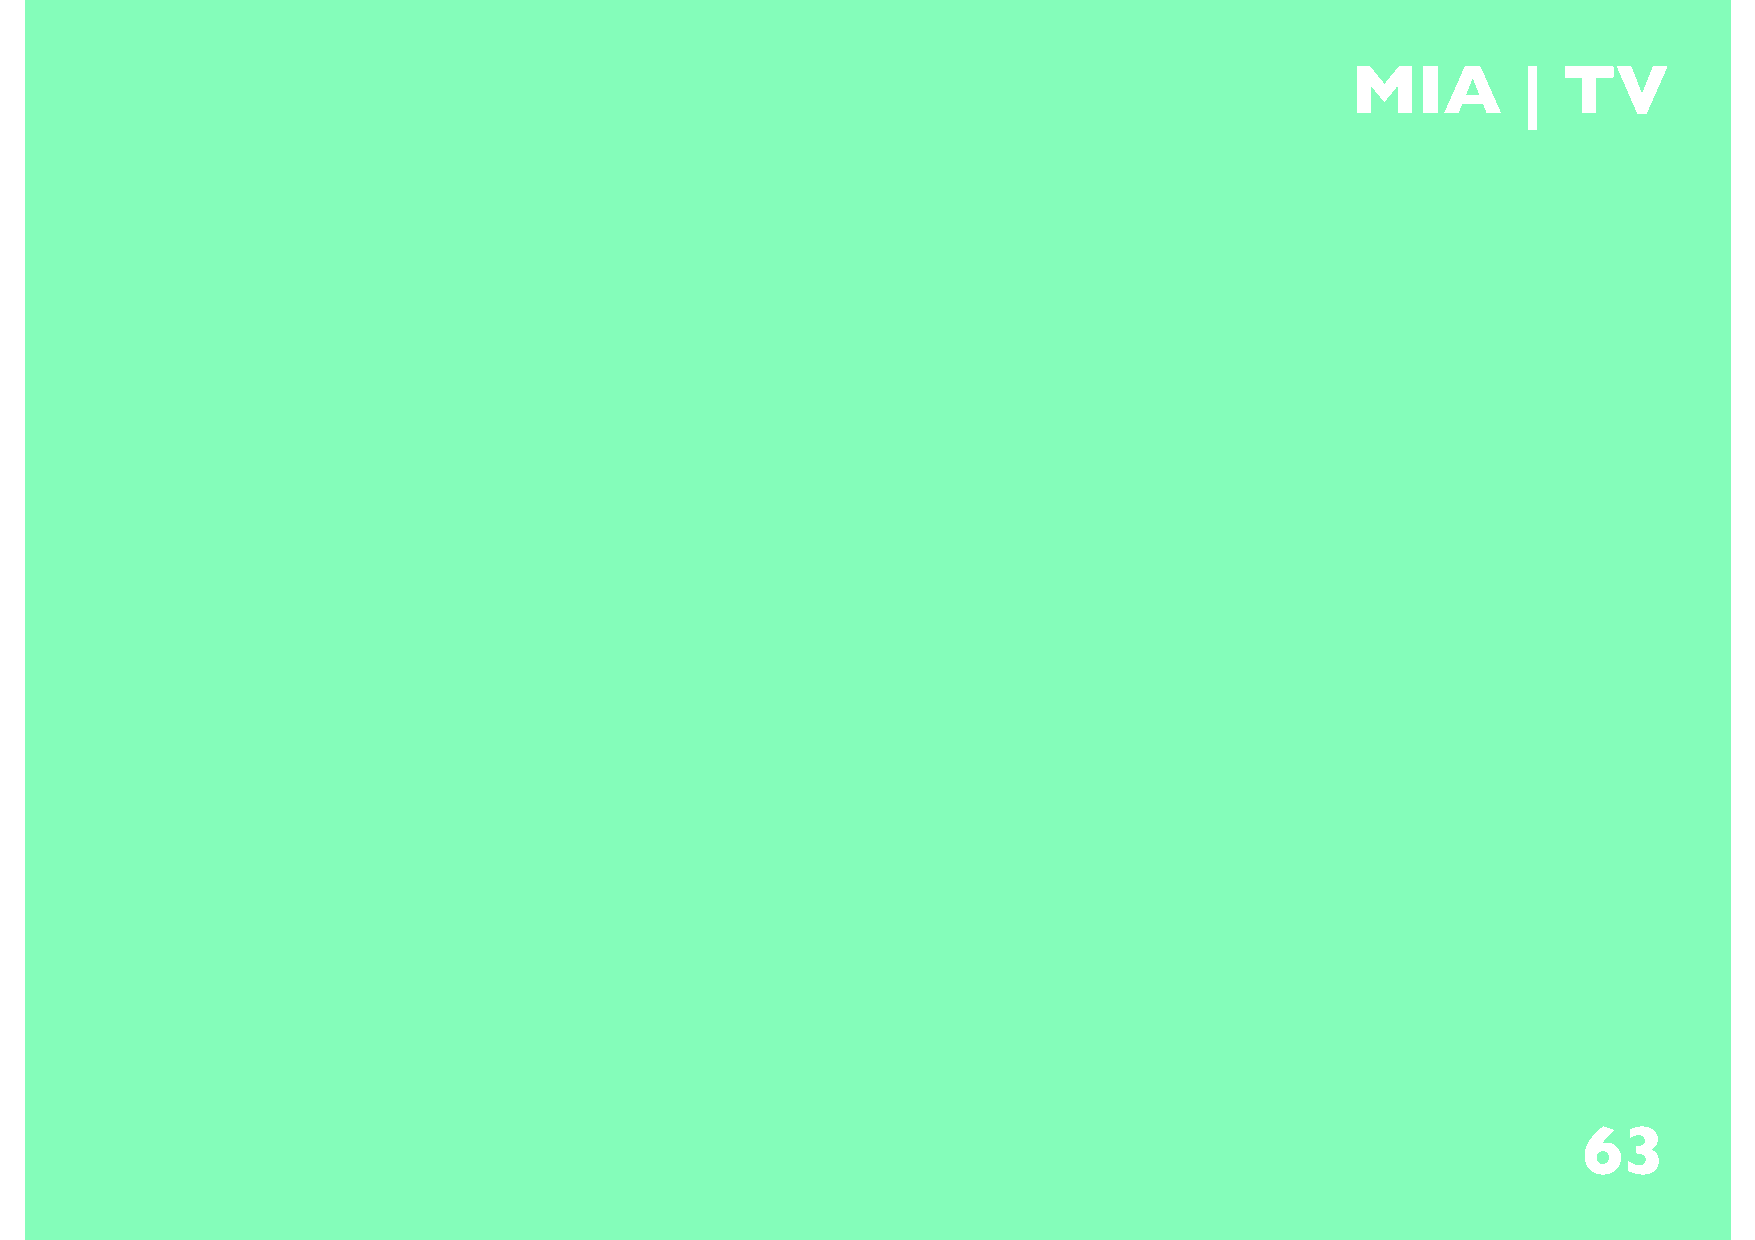
62                                  MIA         | TV
 63
 63